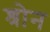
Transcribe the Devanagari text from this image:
श्रोन